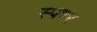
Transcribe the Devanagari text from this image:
स्पषर